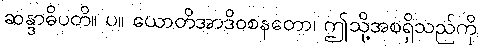
ဆန္ဒာဓိပတိ။ ပ။ ယောတိအာဒိဝစနတော၊ ဤသို့အစရှိသည်ကို